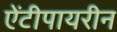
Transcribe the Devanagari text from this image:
ऐंटीपायरीन